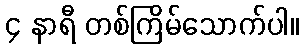
၄ နာရီ တစ်ကြိမ်သောက်ပါ။